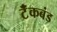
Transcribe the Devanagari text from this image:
टॅंकबंड